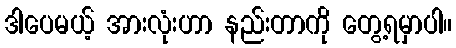
ဒါပေမယ့် အားလုံးဟာ နည်းတာကို တွေ့ရမှာပါ။